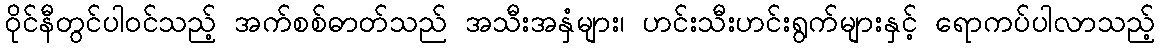
ဝိုင်နီတွင်ပါဝင်သည့် အက်စစ်ဓာတ်သည် အသီးအနှံများ၊ ဟင်းသီးဟင်းရွက်များနှင့် ရောကပ်ပါလာသည့်